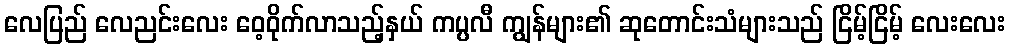
လေပြည် လေညင်းလေး ဝေ့ဝိုက်လာသည့်နှယ် ကပ္ပလီ ကျွန်များ၏ ဆုတောင်းသံများသည် ငြိမ့်ငြိမ့် လေးလေး